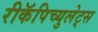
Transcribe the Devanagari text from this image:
रीकॅपिच्युलेट्स